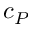
c _ { P }